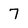
Character: 7